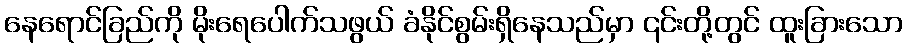
နေရောင်ခြည်ကို မိုးရေပေါက်သဖွယ် ခံနိုင်စွမ်းရှိနေသည်မှာ ၎င်းတို့တွင် ထူးခြားသော